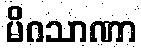
မိဂသာဏာ